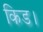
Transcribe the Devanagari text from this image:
किड।